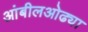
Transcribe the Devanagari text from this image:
आंबीलओढ्या